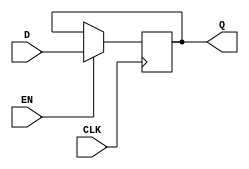
module store_register (
    input wire CLK,     // Clock signal
    input wire EN,      // Enable signal
    input wire [N-1:0] D, // Data input (N-bit wide)
    output reg [N-1:0] Q  // Data output (N-bit wide)
);

parameter N = 8; // Define the width of the register (e.g., 8 bits)

// Initial state of the register
initial begin
    Q = 0; // Initialize Q to 0
end

// Sequential logic for the register
always @(posedge CLK) begin
    if (EN) begin
        Q <= D; // Update Q with D when EN is high
    end
    // If EN is low, Q retains its previous value (no action needed)
end

endmodule